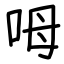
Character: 呣